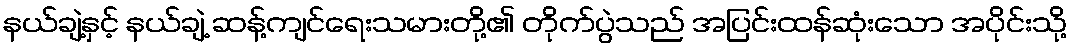
နယ်ချဲ့နှင့် နယ်ချဲ့ ဆန့်ကျင်ရေးသမားတို့၏ တိုက်ပွဲသည် အပြင်းထန်ဆုံးသော အပိုင်းသို့